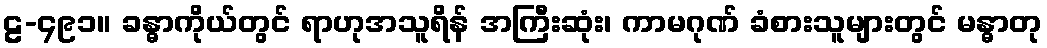
ဠ-၄၉၁။ ခန္ဓာကိုယ်တွင် ရာဟုအသူရိန် အကြီးဆုံး၊ ကာမဂုဏ် ခံစားသူများတွင် မန္ဓာတု